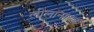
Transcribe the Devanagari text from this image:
लीलानायक